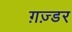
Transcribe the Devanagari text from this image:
ग़ज़्डर